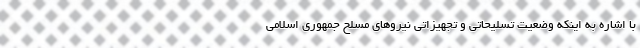
با اشاره به اینکه وضعیت تسلیحاتی و تجهیزاتی نیروهای مسلح جمهوری اسلامی